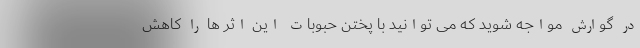
در گوارش مواجه شوید که می توانید با پختن حبوبات این اثر ها را کاهش